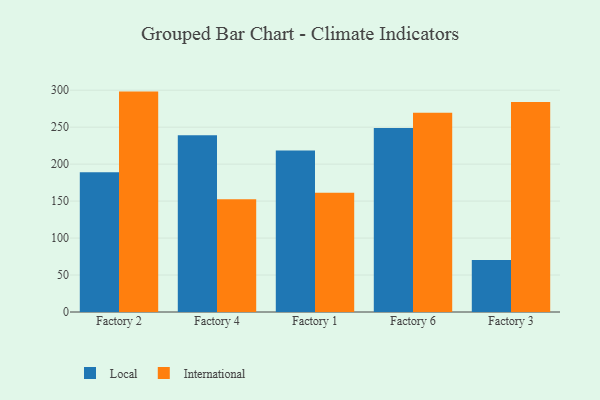
{"axis": {"x": "Factory", "y": "Bounce Rate (%)"}, "legend": ["International", "Local"], "data": [{"x": "Factory 2", "y": 188.9, "type": "Local"}, {"x": "Factory 2", "y": 298.1, "type": "International"}, {"x": "Factory 4", "y": 239.2, "type": "Local"}, {"x": "Factory 4", "y": 152.4, "type": "International"}, {"x": "Factory 1", "y": 218.4, "type": "Local"}, {"x": "Factory 1", "y": 161.3, "type": "International"}, {"x": "Factory 6", "y": 249.0, "type": "Local"}, {"x": "Factory 6", "y": 269.4, "type": "International"}, {"x": "Factory 3", "y": 70.4, "type": "Local"}, {"x": "Factory 3", "y": 284.0, "type": "International"}]}